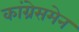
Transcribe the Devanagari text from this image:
कांग्रेसमेन